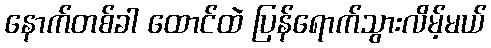
နောက်တစ်ခါ ထောင်ထဲ ပြန်ရောက်သွားလိမ့်မယ်